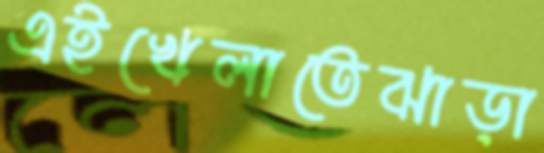
এইখেলাতেঝাড়া